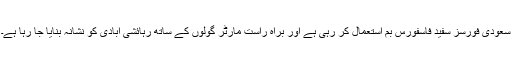
سعودی فورسز سفید فاسفورس بم استعمال کر رہی ہے اور براہ راست مارٹر گولوں کے ساتھ رہائشی آبادی کو نشانہ بنایا جا رہا ہے۔